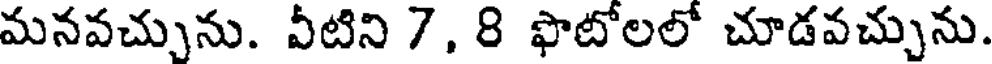
మనవచ్చును. వీటిని 7, 8 ఫొటోలలో చూడవచ్చును.